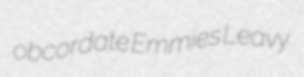
obcordate Emmies Leavy